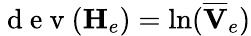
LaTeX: \mathrm{~d~e~v~}(\mathbf{H}_{e})=\mathrm{ln}(\overline{{\mathbf{V}}}_{e})